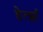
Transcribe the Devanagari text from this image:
हेर्त्झा